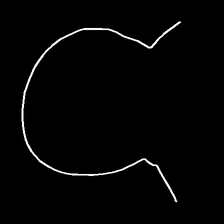
Glyph: weave